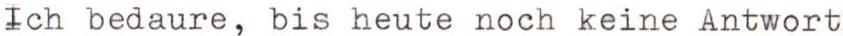
Ich bedaure, bis heute noch keine Antwort